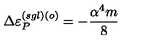
\Delta \varepsilon _ { P } ^ { ( s g l ) \left( o \right) } = - \frac { \alpha ^ { 4 } m } { 8 }